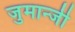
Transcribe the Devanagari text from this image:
जुमान्जी